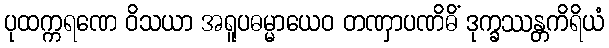
ပုထက္ကရဏေ ဝိသယာ အရူပဓမ္မာယေဝ တဏှာပဏိဓိံ ဒုက္ခဿန္တကိရိယံ